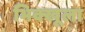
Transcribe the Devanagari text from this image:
भिक्खूला